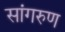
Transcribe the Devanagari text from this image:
सांगरुण